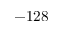
- 1 2 8